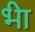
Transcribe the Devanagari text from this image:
भ्‍ीा